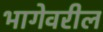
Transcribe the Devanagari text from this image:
भागेवरील